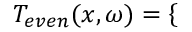
T _ { e v e n } ( x , \omega ) = \left\{ \begin{array} { l l } \end{array} \right.